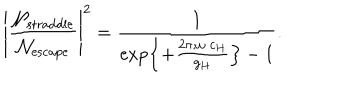
\left| { \frac { { \cal N } _ { \mathrm { s t r a d d l e } } } { { \cal N } _ { \mathrm { e s c a p e } } } } \right| ^ { 2 } = { \frac { 1 } { { \exp \left\{ + { \frac { 2 \pi ; \omega \; c _ { H } } { g _ { H } } } \right\} } - 1 } } .